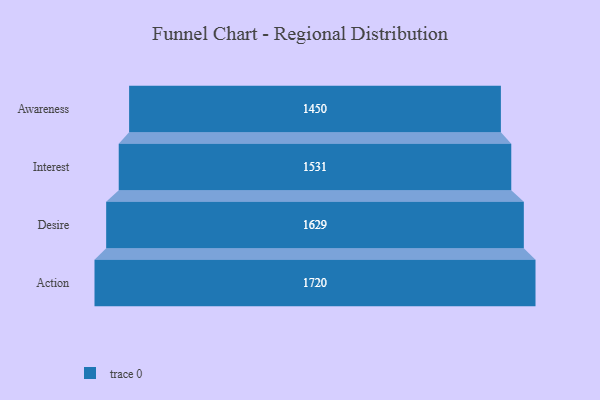
{"axis": {"x": "Stage", "y": "Value"}, "legend": [""], "data": [{"x": "Awareness", "y": 1450.0, "type": ""}, {"x": "Interest", "y": 1531.0, "type": ""}, {"x": "Desire", "y": 1629.0, "type": ""}, {"x": "Action", "y": 1720.0, "type": ""}]}